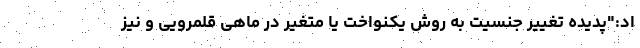
اد:"پدیده تغییر جنسیت به روش یکنواخت یا متغیر در ماهی قلمرویی و نیز